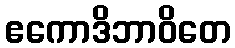
ဧကောဒိဘာဝိတေ